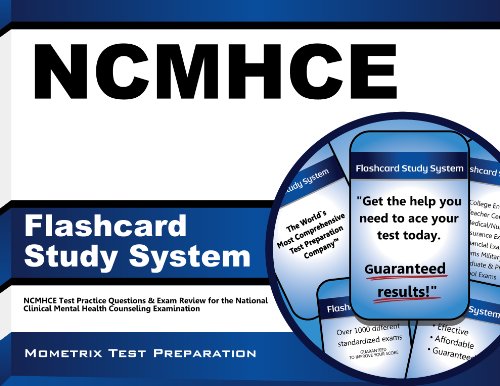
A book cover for NCMHCE Flashcard Study System: NCMHCE Test Practice Questions & Exam Review for the National Clinical Mental Health Counseling Examination (Cards); NCMHCE Exam Secrets Test Prep Team; Test Preparation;